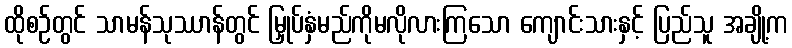
ထိုစဉ်တွင် သာမန်သုဿာန်တွင် မြှုပ်နှံမည်ကိုမလိုလားကြသော ကျောင်းသားနှင့် ပြည်သူ အချို့က